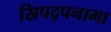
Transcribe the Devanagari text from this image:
स्रिपद्पनाभा